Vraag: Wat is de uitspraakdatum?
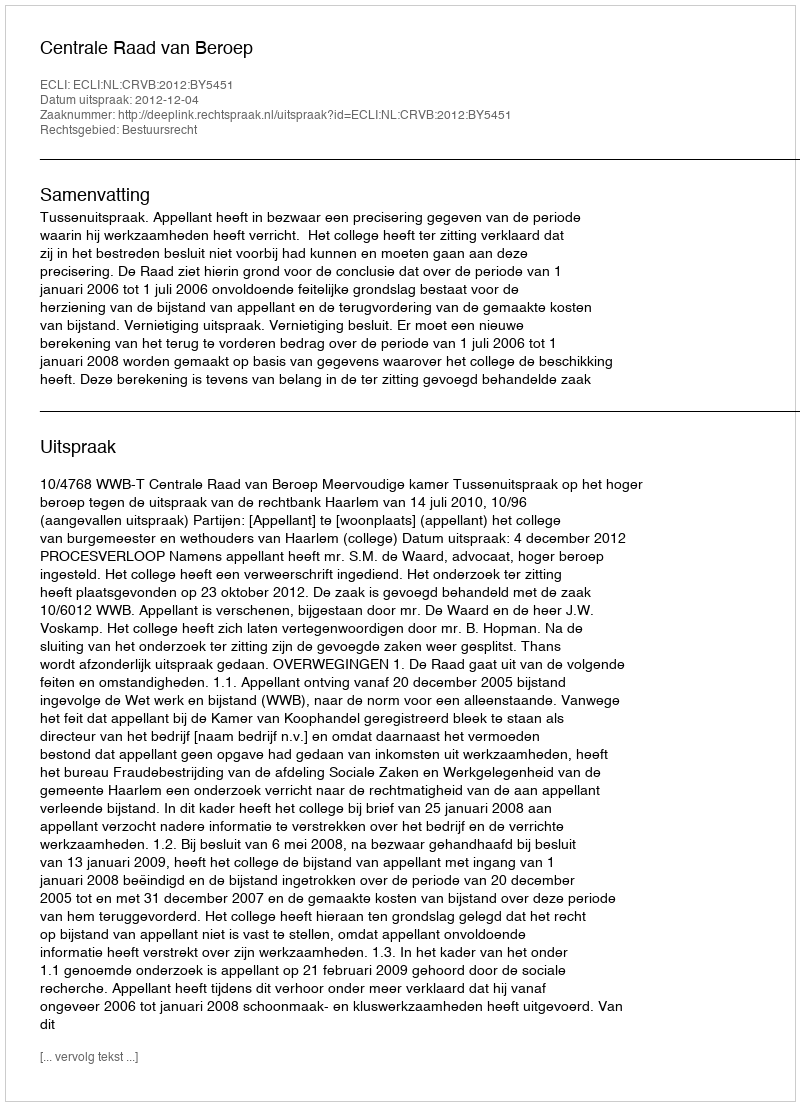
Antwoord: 2012-12-04